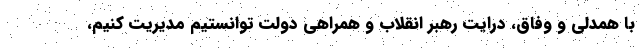
با همدلی و وفاق، درایت رهبر انقلاب و همراهی دولت توانستیم مدیریت کنیم،